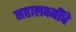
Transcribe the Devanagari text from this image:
महालक्ष्मींचे